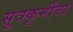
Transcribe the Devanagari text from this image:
सूत्रकृमींचा